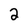
Character: 2